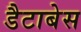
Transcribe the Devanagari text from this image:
डैटाबेस